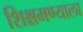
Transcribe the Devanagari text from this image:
शिश्नमण्याला